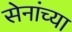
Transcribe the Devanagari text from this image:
सेनांच्या